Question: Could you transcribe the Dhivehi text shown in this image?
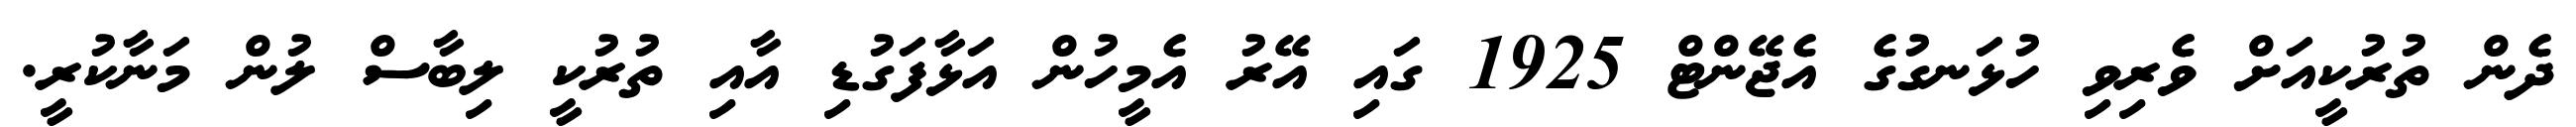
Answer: ދެން ތުރުކީއަށް ވެރިވި ހުޅަނގުގެ އެޖޭންޓް 1925 ގައި އޭރު އެމީހުން އަޅާފަގުޑި އާއި ތުރުކީ ލިބާސް ލުން މަނާކުރީ.